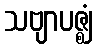
သဗျာပဇ္ဈံ